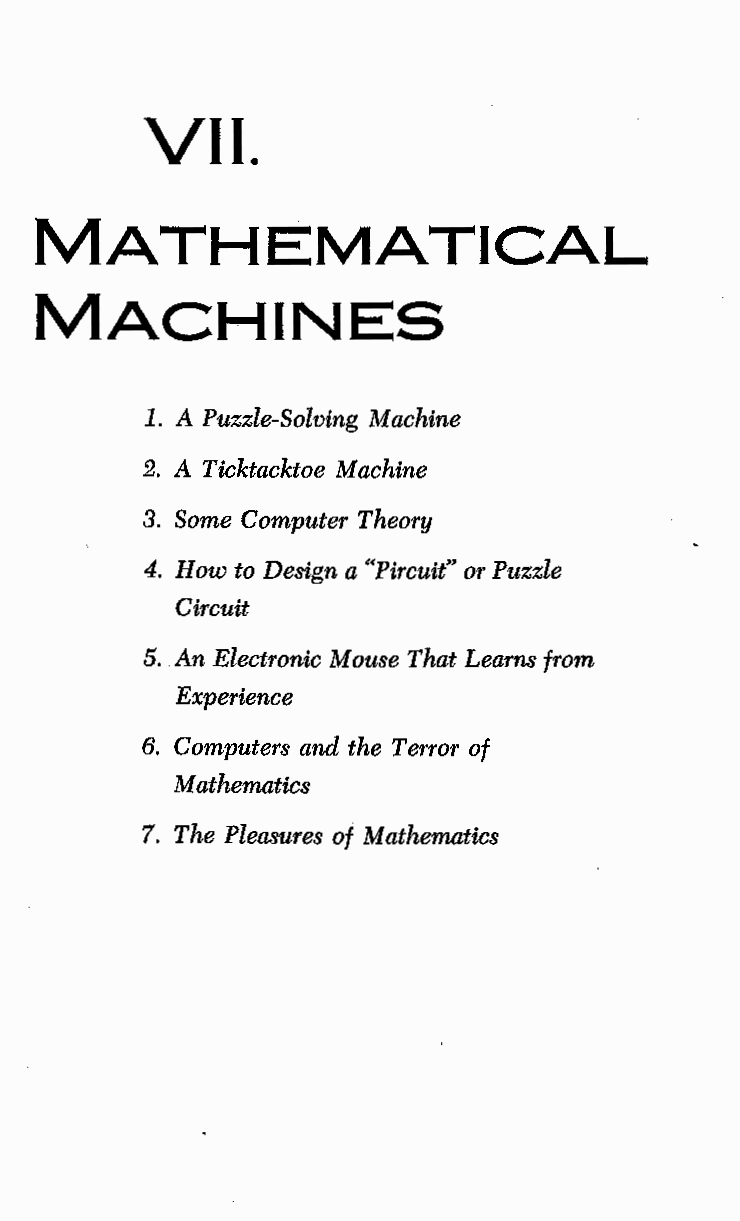
VII.
 MATHEMATICAL
 MACHINES
 1. A Puzzle-Solving Machine
 2. A Ticktacktoe Machine
 3. Some Computer Theory
 4. How to Design a ••Pircuit" or Puzzle
 Circuit
 5. An Electronic Mouse That Learns from
 Experience
 6. Computers and the Terror of
 Mathematics
 7. The Pleasures of Mathematics